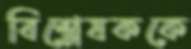
বিশ্লেষককে